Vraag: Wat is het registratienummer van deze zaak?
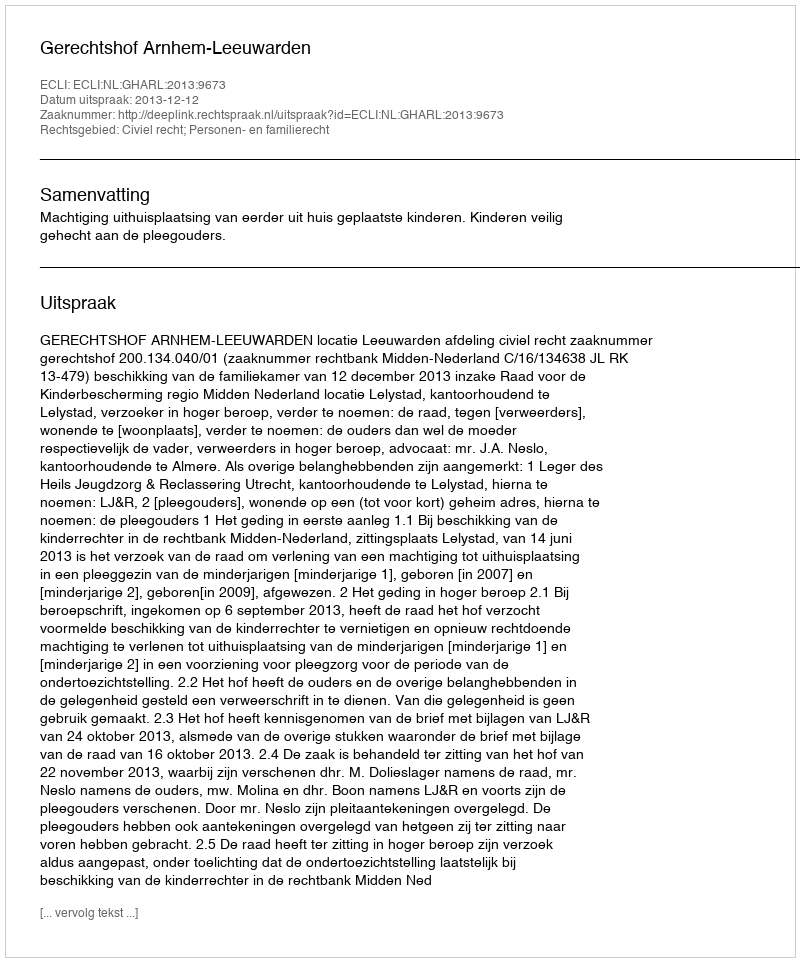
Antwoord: http://deeplink.rechtspraak.nl/uitspraak?id=ECLI:NL:GHARL:2013:9673